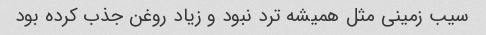
سیب زمینی مثل همیشه ترد نبود و زیاد روغن جذب کرده بود